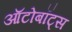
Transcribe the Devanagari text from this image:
ऑटोबॉट्स